Civil Veterinary Dept. Bombay admin report 1893-99 - 1893-1899
Year: 1893
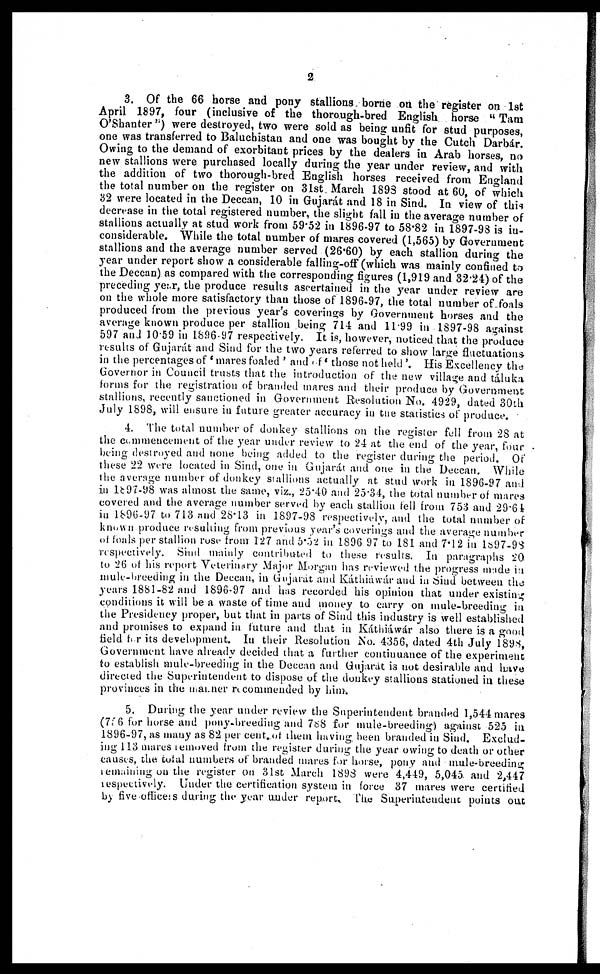
2
3. Of the 66 horse and pony stallions borne on the register on 1st
April 1897, four (inclusive of the thorough-bred English horse "Tam
O'Shanter ") were destroyed, two were sold as being unfit for stud purposes,
one was transferred to Baluchistan and one was bought by the Cutch Darbár.
Owing to the demand of exorbitant prices by the dealers in Arab horses, no
new stallions were purchased locally during the year under review, and with
the addition of two thorough-bred English horses received from England
the total number on the register on 3lst March 1893 stood at 60, of which
32 were located in the Deccan, 10 in Gujarát and 18 in Sind. In view of this
decrease in the total registered number, the slight fall in the average number of
stallions actually at stud work from 59.52 in 1896-97 to 58.82 in 1897-98 is in-
considerable. While the total number of mares covered (1,565) by Government
stallions and the average number served (26.60) by each stallion during the
year under report show a considerable falling-off (which was mainly confined to
the Deccan) as compared with the corresponding figures (1,919 and 32.24) of the
preceding year, the produce results ascertained in the year under review are
on the whole more satisfactory than those of 1896-97, the total number of foals
produced from the previous year's coverings by Government horses and the
average known produce per stallion being 714 and 11.99 in 1897-98 against
597 and 10.59 in 1896-97 respectively. It is, however, noticed that the produce
results of Gujarát and Sind for the two years referred to show large fluctuations
in the percentages of ' mares foaled ' and of ' those not held '. His Excellency the
Governor in Council trusts that the introduction of the new village and táluka
forms for the registration of branded mares and their produce by Government
stallions, recently sanctioned in Government Resolution No. 4929, dated 30th
July 1898, will ensure in future greater accuracy in the statistics of produce.
4. The total number of donkey stallions on the register fell from 28 at
the commencement of the year under review to 24 at the end of the year, four
being destroyed and none being added to the register during the period. Of
these 22 were located in Sind, one in Gujarát and one in the Deccan. While
the average number of donkey stallions actually at stud work in 1896-97 and
in l897-98 was almost the same, viz., 25.40 and 25.34, the total number of mares
covered and the average number served by each stallion fell from 753 and 29.64
in l896-97 to 713 and 28.13 in 1897-98 respectively, and the total number of
known produce resulting from previous year's coverings and the average number
of foals per stallion rose from 127 and 5.52 in 1896 97 to 181 and 7.12 in 1897-98
respectively. Sind mainly contributed to these results. In paragraphs 20
to 26 of his report Veterinary Major Morgan has reviewed the progress made in
mule-breeding in the Deccan, in Gujarát and Káthiáwár and in Sind between the
years 1881-82 and 1896-97 and has recorded his opinion that under existing
conditions it will be a waste of time and money to carry on mule-breeding in
the Presidency proper, but that in parts of Sind this industry is well established
and promises to expand in future and that in Káthiáwár also there is a good
field for its development. In their Resolution No. 4356, dated 4th July 1898,
Government have already decided that a further continuance of the experiment;
to establish mule-breeding in the Deccan and Gujarát is not desirable and have
directed the Superintendent to dispose of the donkey stallions stationed in these
provinces in the manner recommended by him.
5. During the year under review the Superintendent branded 1,544 mares
(796 for horse and pony-breeding and 788 for mule-breeding) against 525 in
1896-97, as many as 82 per cent of them having been branded in Sind. Exclud-
ing 113 mares removed from the register during the year owing to death or other
causes, the total numbers of branded mares for horse, pony and mule-breeding
remaining on the register on 31st March 1893 were 4,449, 5,045 and 2,447
respectively. Under the certification system in force 37 mares were certified
by five officers during the year under report. The Superintendent points out